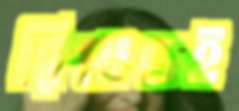
রিমান্ডই